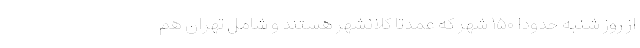
از روز شنبه حدوداً ۱۵۰ شهر که عمدتاً کلانشهر هستند و شامل تهران هم